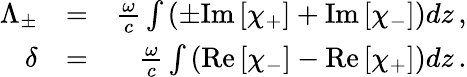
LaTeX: \begin{array}{rlr}{\Lambda_{\pm}}&{=}&{\frac{\omega}{c}\int\left(\pm\mathrm{Im}\left[\chi_{+}\right]+\mathrm{Im}\left[\chi_{-}\right]\right)dz\, ,}\\ {\delta}&{=}&{\frac{\omega}{c}\int\left(\mathrm{Re}\left[\chi_{-}\right]-\mathrm{Re}\left[\chi_{+}\right]\right)dz\, .}\end{array}